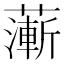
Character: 𦾶